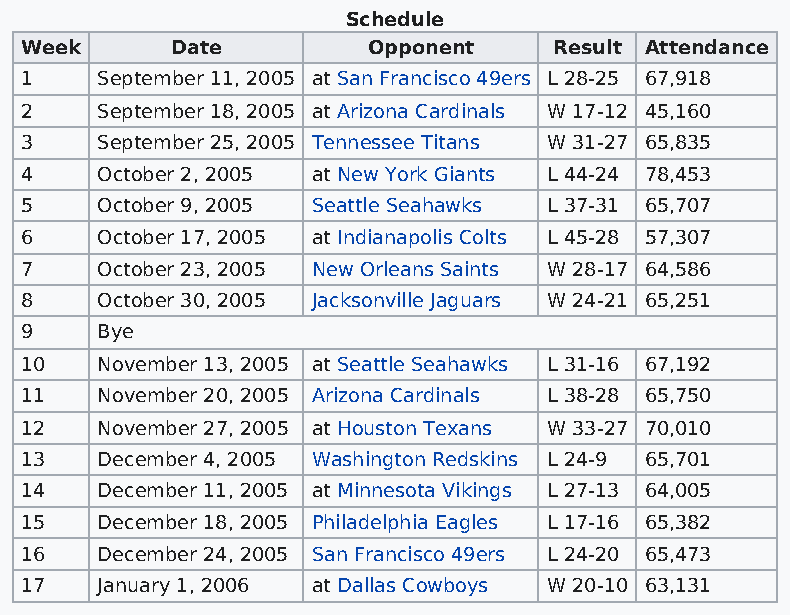
Schedule
 Week      Date         Opponent     Result Attendance
 1    September 11, 2005 at San Francisco 49ers L 28-25 67,918
 2    September 18, 2005 at Arizona Cardinals W 17-12 45,160
 3    September 25, 2005 Tennessee Titans W 31-27 65,835
 4    October 2, 2005 at New York Giants L 44-24 78,453
 5    October 9, 2005 Seattle Seahawks L 37-31 65,707
 6    October 17, 2005 at Indianapolis Colts L 45-28 57,307
 7    October 23, 2005 New Orleans Saints W 28-17 64,586
 8    October 30, 2005 Jacksonville Jaguars W 24-21 65,251
 9    Bye
 10   November 13, 2005 at Seattle Seahawks L 31-16 67,192
 11   November 20, 2005 Arizona Cardinals L 38-28 65,750
 12   November 27, 2005 at Houston Texans W 33-27 70,010
 13   December 4, 2005 Washington Redskins L 24-9 65,701
 14   December 11, 2005 at Minnesota Vikings L 27-13 64,005
 15   December 18, 2005 Philadelphia Eagles L 17-16 65,382
 16   December 24, 2005 San Francisco 49ers L 24-20 65,473
 17   January 1, 2006 at Dallas Cowboys W 20-10 63,131